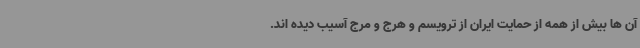
آن ها بیش از همه از حمایت ایران از ترویسم و هرج و مرج آسیب دیده اند.